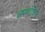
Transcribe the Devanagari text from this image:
अम्य्लोकेन